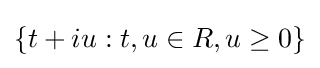
\{t+iu:t,u\in R,u\geq 0\}